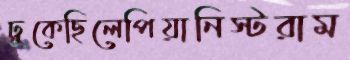
ঢুকেছিলেপিয়ানিস্টরাম